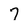
Character: 7